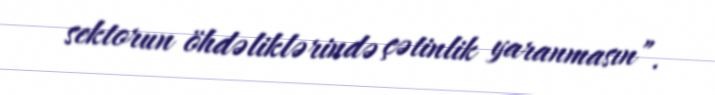
sektorun öhdəliklərində çətinlik yaranmasın”.